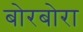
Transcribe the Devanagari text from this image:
बोरबोरा